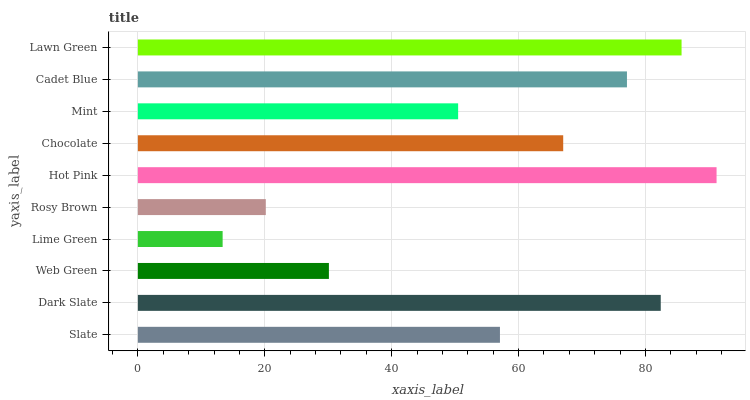
| yaxis_label | bars |
 | --- | --- |
 | Slate | 57.1 |
 | Dark Slate | 82.4 |
 | Web Green | 30.1 |
 | Lime Green | 13.4 |
 | Rosy Brown | 20.2 |
 | Hot Pink | 91.2 |
 | Chocolate | 67 |
 | Mint | 50.5 |
 | Cadet Blue | 77.1 |
 | Lawn Green | 85.7 |